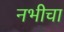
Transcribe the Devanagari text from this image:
नभीचा